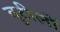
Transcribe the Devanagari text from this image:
बुटीलों